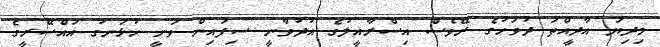
މިދިޔަ އާދީއްތަ ދުވަހުގެ ރޭވެސް އިސްރާއީލުގެ އުދުވާނީ ސިފައިން ވަނީ ހުޅަނގު އައްސޭރީގެ